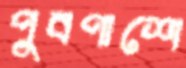
পুবপাশে